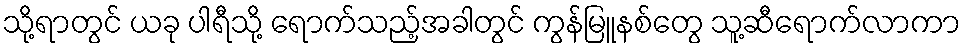
သို့ရာတွင် ယခု ပါရီသို့ ရောက်သည့်အခါတွင် ကွန်မြူနစ်တွေ သူ့ဆီရောက်လာကာ